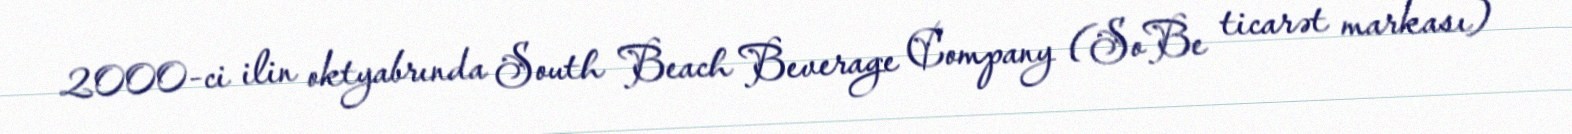
2000-ci ilin oktyabrında South Beach Beverage Company (SoBe ticarət markası)